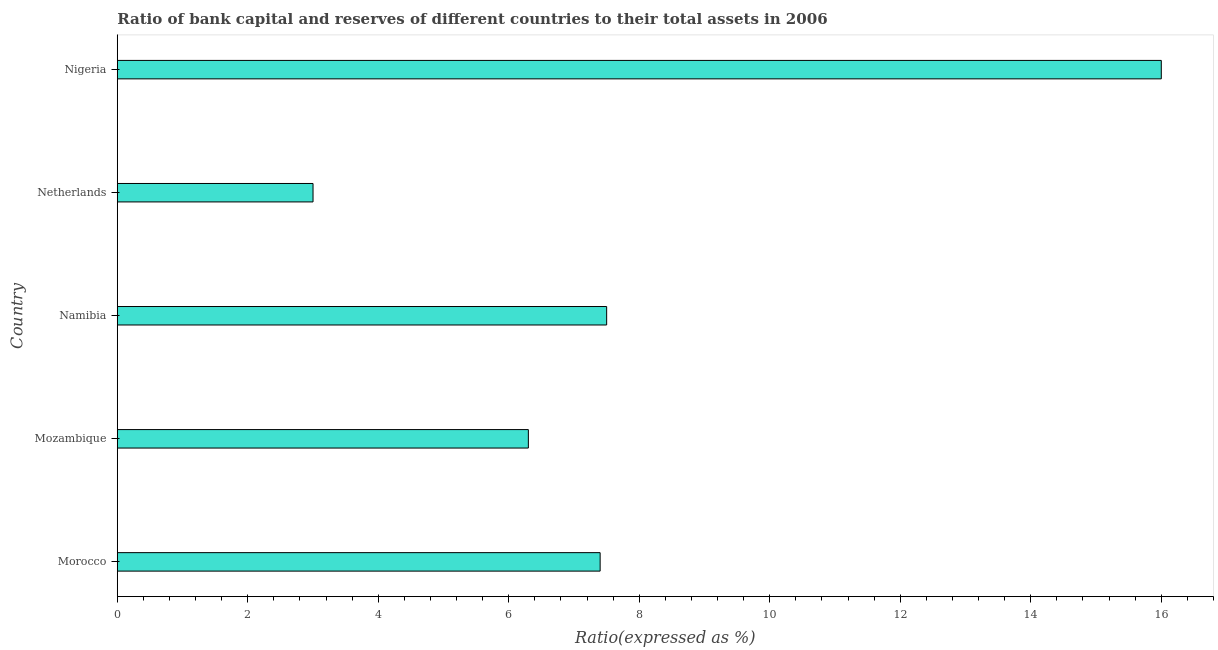
| Country | Bank capital to assets ratio |
 | --- | --- |
 | Morocco | 7.4 |
 | Mozambique | 6.3 |
 | Namibia | 7.5 |
 | Netherlands | 3 |
 | Nigeria | 16 |